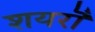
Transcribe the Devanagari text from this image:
शयरॊं